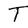
Character: T